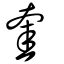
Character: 奎